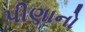
પીણાનો